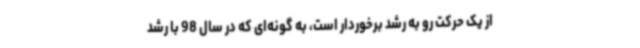
از یک حرکت رو به رشد برخوردار است، به گونه‌ای که در سال 98 با رشد